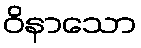
ဝိနာသော